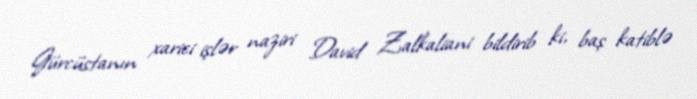
Gürcüstanın xarici işlər naziri David Zalkaliani bildirib ki, baş katiblə